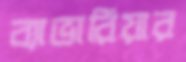
ব্যাভারিয়ার